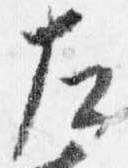
左